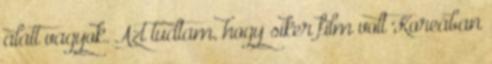
alatt vagyok. Azt tudtam, hogy siker film volt Koreában